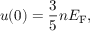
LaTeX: u ( 0 ) = { \frac { 3 } { 5 } } n E _ { \mathrm { { F } } } ,